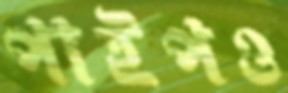
পাইপও